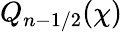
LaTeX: Q_{n-1/2}(\chi)